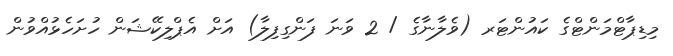
މިޑިޕާޓްމަންޓްގެ ކައުންޓަރ (ވެލާނާގެ / 2 ވަނަ ފަންގިފިލާ) އަށް އެޕްލިކޭޝަން ހުށަހެޅުއްވުން